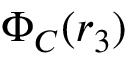
\Phi _ { C } ( \boldsymbol { r } _ { 3 } )